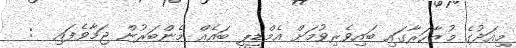
މިއަދުގެ މުޒާހަރާގައި ބައިވެރިވުމަށް އެމްޑީޕީ ބައެއް މެންބަރުން ޖަމާވެފައި  :